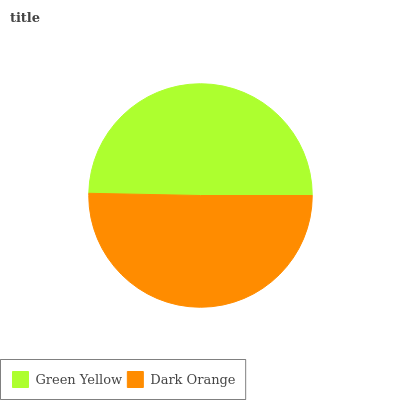
| Green Yellow | Dark Orange |
 | --- | --- |
 | 49.7% | 50.3% |